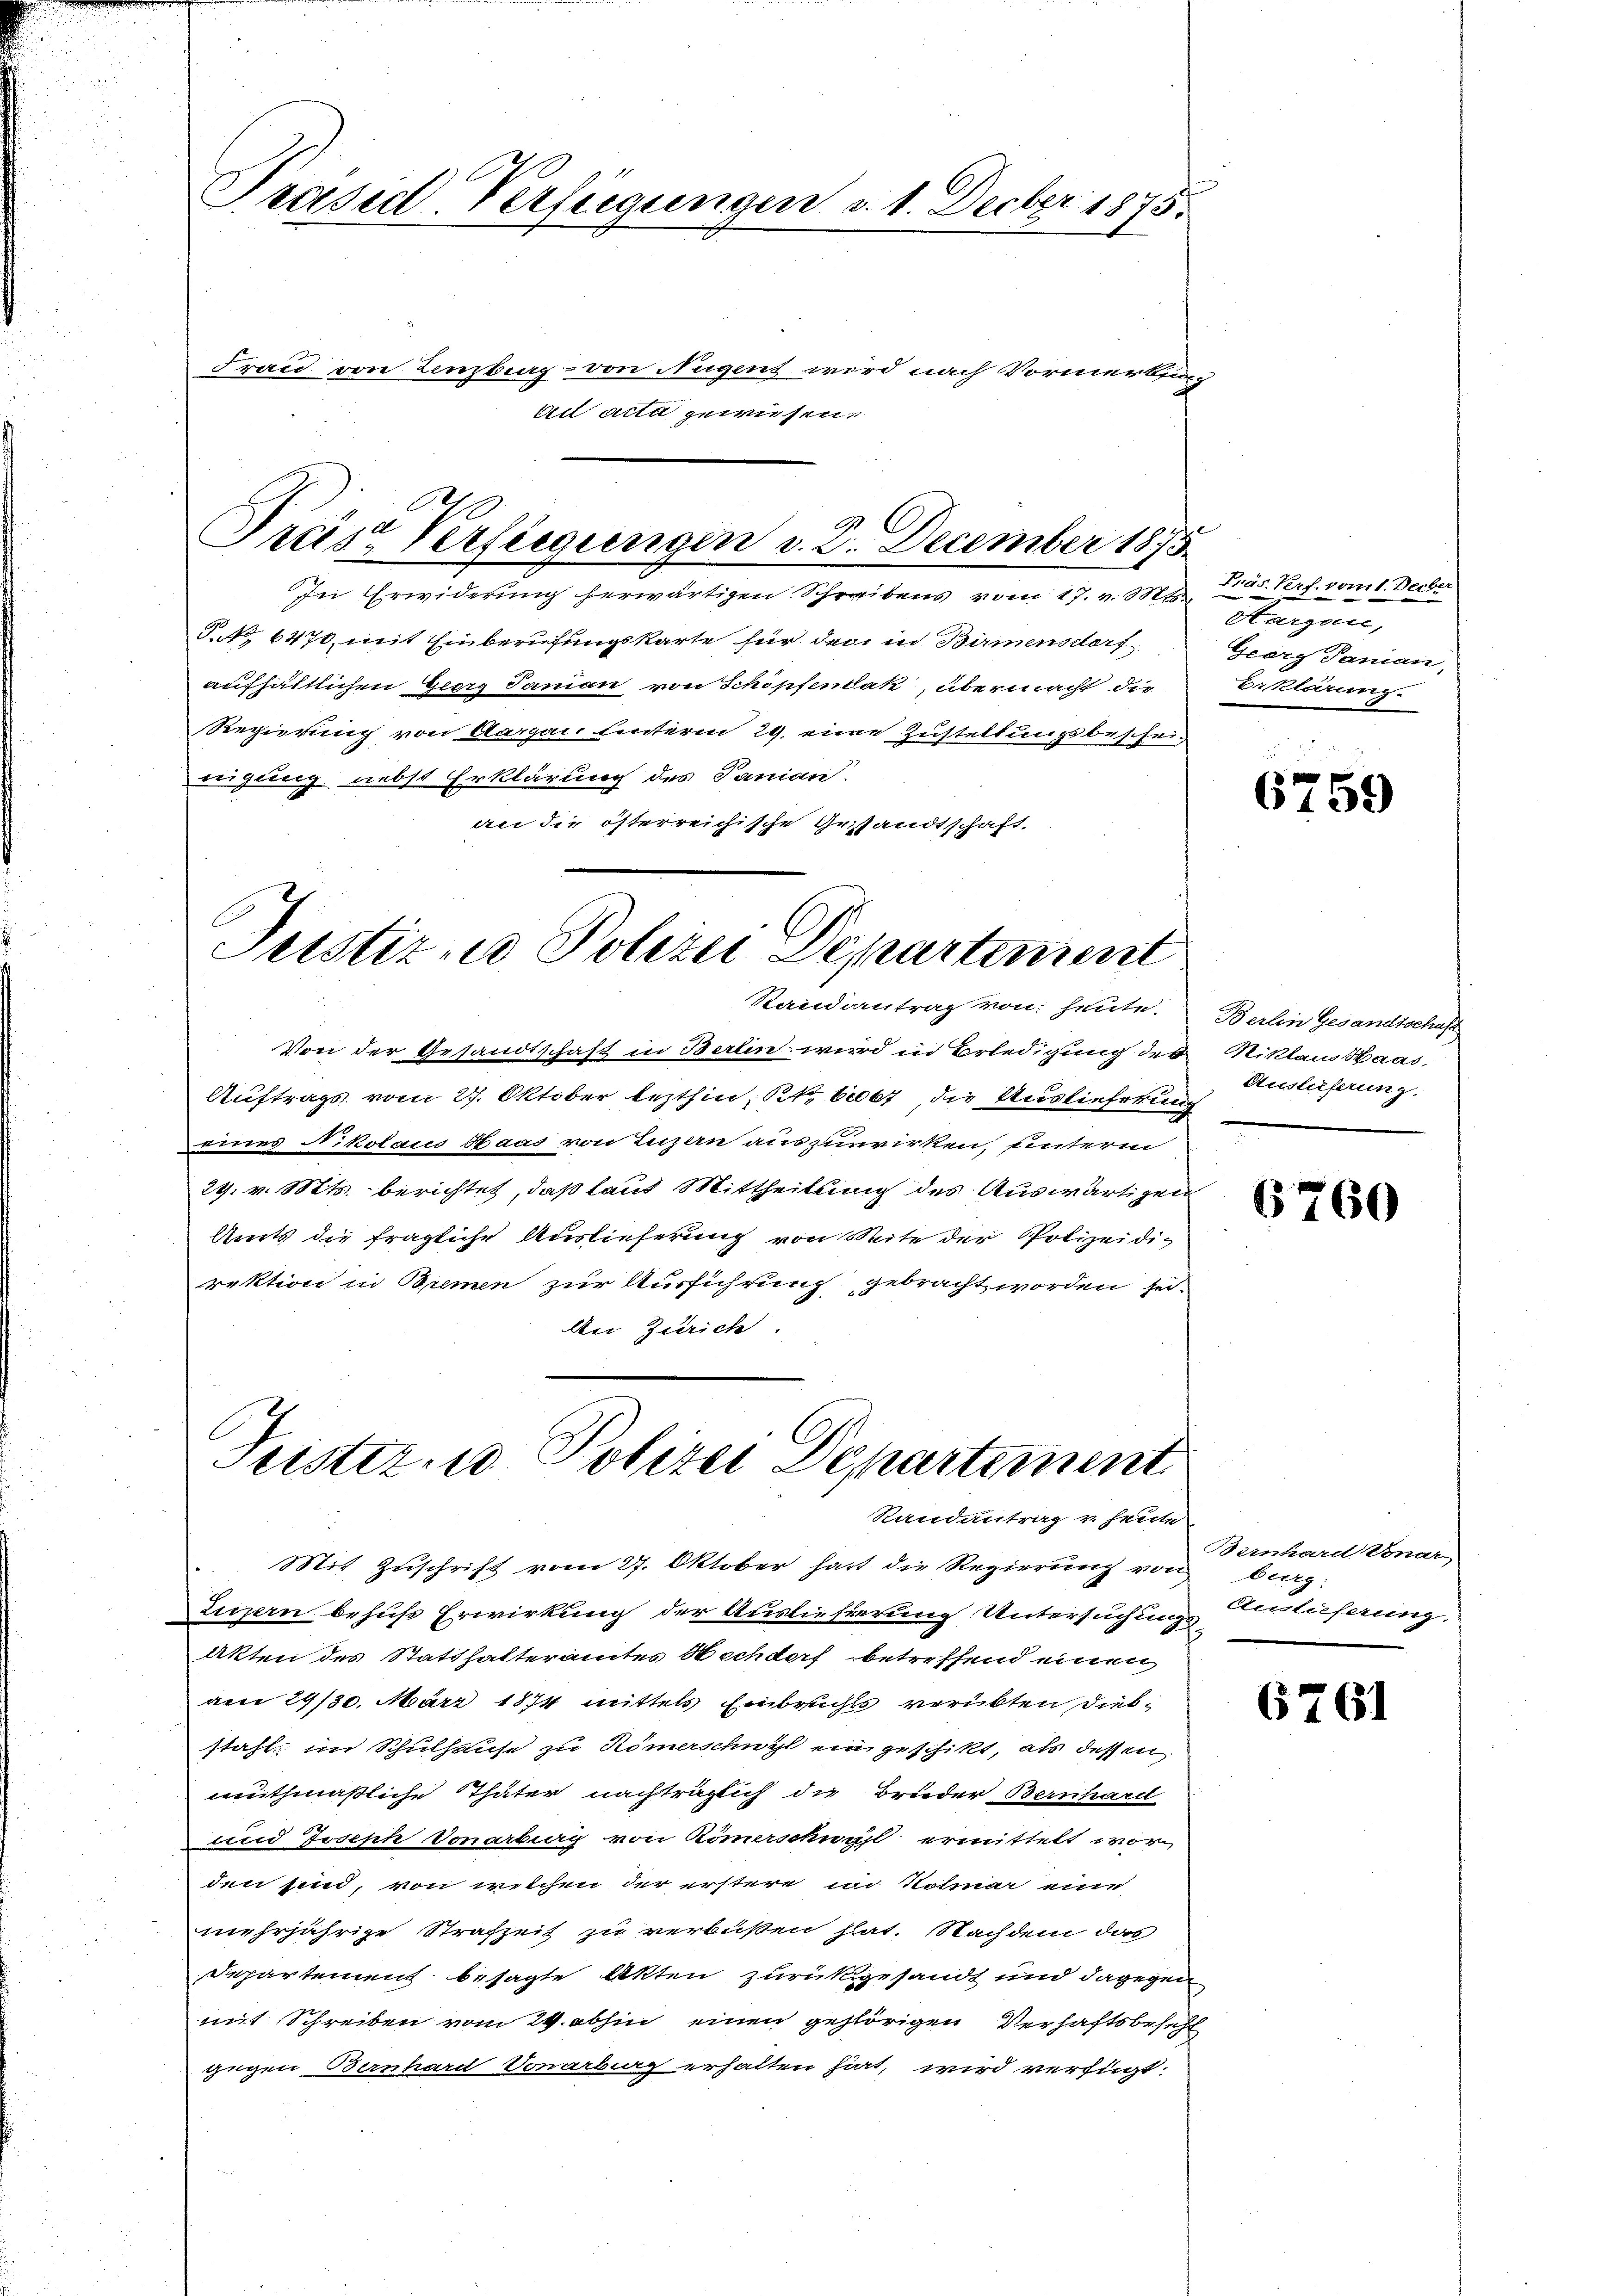
Prasil-Verfügungen d. 1. Decber 1875.

Frau von Lenzburg - von Nugens wird nach Vormerkung
bi aite gewiesen.

Tres Verfügungen v. 2. December 1875
In Erwiderung herwärtigen Schreibens vom 17. v. Mt. 105. Verf. vom 1. Decbr

T. No. 6470, mit Einberufungskarte für den in Birmensdorf
aufhältlichen Georg Janian von Schöpfenbak, übermacht, die
Regierung von Aargau unterm 29. eine Zustellungsbeschein
eigung nebst Erklärung des Janian.
an die österreichische Gestandtschaft.

Justizio Polizei Departement
Randantrag von heute.

Von der Gesandtschaft in Berlin wird in Erledigung des
Auftrags vom 27. Oktober lezthin, Kt. 667, die Auslieferung
eines Nikolaus Haas von Luzern auszuwirken, unterm
29. v. Mts. berichtet, daß laut Mittheilung des Auswärtigen
Amts die fragliche Auslieferung von Seite der Polizeidirektion in Bremen zur Ausführung gebracht worden sei.
An Zürich

Frister u. Polizei Departement
Randantrag v. heute

Mit Zuschrift vom 27. Oktober hart die Regierung von
Luzern behufs Erwirkung der Auslieferung Untersuchung
Akten des Statthalteramtes Hechdorf betreffend einen
am 29/30. März 1874 mittels Einbruchts verübten diesstahl im Schulhause zu Römerschwyl ein geschikt, als dessen
muthmaßliche Thäter nachträglich die Brüder Bernhard
und Joseph Vonarbig von Römerschwahl ermittelt wor
den sind, von welchen der erstere in Kolinar eine
mehrjährige Strafzeit zu verbüßen hat. Nachdem das
Departement besagte Akten zurückgesandt und dagegen
mit Schreiben vom 24. abhin einen gehörigen Verhaftsbesetzt
gegen Bernhard Vonarburg erhalten hint, wird verfügt:

Harzen,
Georg Damian,
Erklärung.

6759

Berlin Gesandtschaft
Niklaus Haas,
Auslieferung.

6760

Bernhard. Vonar
burg:
Auslieferung.

6761